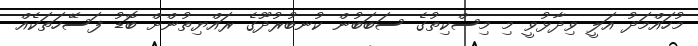
މުހައްމަދު އަލީ ވިދާޅުވީ މި މިސްކިތުގެ ސަބަބުން ކުނބުރުދޫގެ ރައްޔިތުންށް ބޮޑު ފަސޭހަތަކެއް